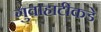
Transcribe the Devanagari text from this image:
गुवाहाटीकडे